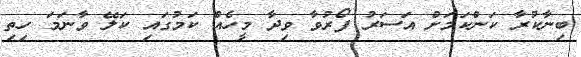
ބިނާކުރާ ކަންކަމަށް އަސަރު ފޯރުވާ ވިދާ މީހެއް ކަމުގައި ކަލޭ ވާނަމަ ހިތި